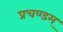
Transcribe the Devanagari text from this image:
प्रचण्डम्